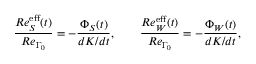
\frac { R e _ { S } ^ { \mathrm { e f f } } ( t ) } { R e _ { \Gamma _ { 0 } } } = - \frac { \Phi _ { S } ( t ) } { d K / d t } , \quad \quad \frac { R e _ { W } ^ { \mathrm { e f f } } ( t ) } { R e _ { \Gamma _ { 0 } } } = - \frac { \Phi _ { W } ( t ) } { d K / d t } ,